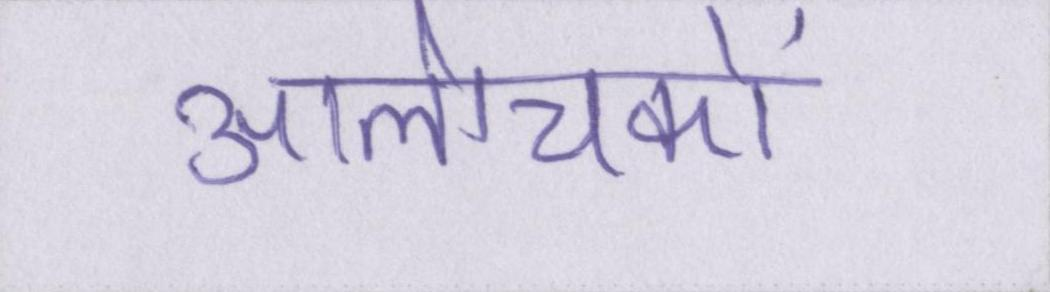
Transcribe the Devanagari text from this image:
आलोचकों